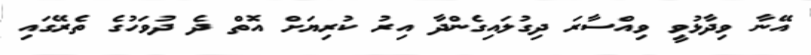
އޭނާ ވިދާޅުވީ ވިއްސާރަ ދިގުލައިގެންދާ އިރު ކުރިޔަށް އޮތް ދެ ދުވަހުގެ ތެރޭގައި